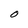
Character: O